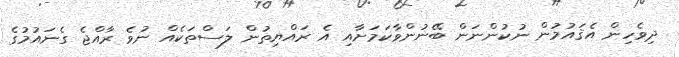
ދިވެހިން އެޤައުމުން ނުކުންނަން ބޭނުންވާކަމަށާއި އެ ރައްޔިތުން ލަސްތަކެއް ނުވެ ރާއްޖެ ގެނައުމުގެ